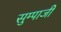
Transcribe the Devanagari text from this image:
सुम्पाजी